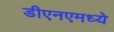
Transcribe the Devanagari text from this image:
डीएनएमध्ये